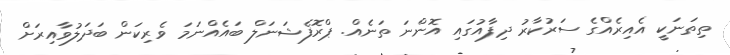
ތިތަނަކީ އެއިރެއްގެ ސަރުކާރު ދިފާއުގައި އޮންނަ ތަނެއް. ޕްރޮފެޝަނަލް ބައެއްނަމަ ވެރިކަން ބަދަލުވާއިރަށް